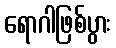
ရောဂါဖြစ်ပွား